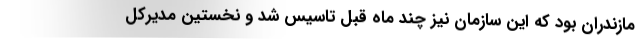
مازندران بود که این سازمان نیز چند ماه قبل تاسیس شد و نخستین مدیرکل